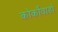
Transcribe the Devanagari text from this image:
कोर्कोवाडो